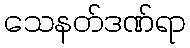
သေနတ်ဒဏ်ရာ